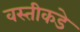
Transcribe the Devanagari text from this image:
वस्तीकडे